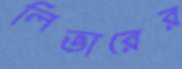
লিভারের